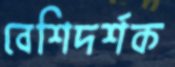
বেশিদর্শক